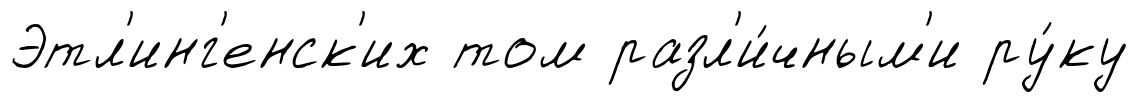
Этл'инг'енск'их том разл'и́чным'и ру́ку